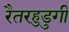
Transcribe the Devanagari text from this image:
रैतरहुडुगी